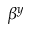
\beta ^ { y }